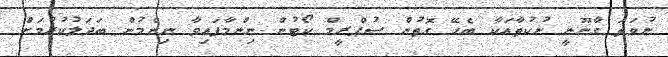
ނުވަތަ ގާނޫނީ ނުކުތާއަކާ ބެހޭ ގޮތުން ސުޕްރީމް ކޯޓުން ނިންމާފައިވާ ނިންމުން ބަދަލުކުރުމަށް